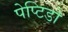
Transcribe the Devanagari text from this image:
पेप्टिडो